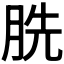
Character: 𮲫